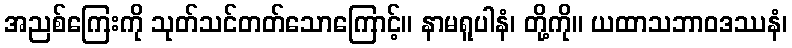
အညစ်ကြေးကို သုတ်သင်တတ်သောကြောင့်။ နာမရူပါနံ၊ တို့ကို။ ယထာသဘာဝဒဿနံ၊